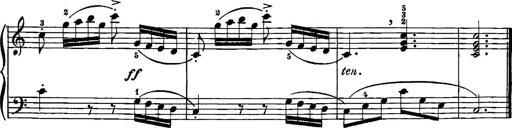
Title: 12 Sonatinas
Composer: Ignaz Pleyel